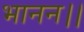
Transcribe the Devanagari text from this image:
भानन।।